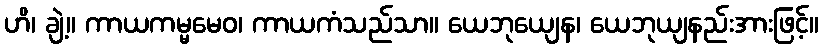
ဟိ၊ ချဲ့။ ကာယကမ္မမေဝ၊ ကာယကံသည်သာ။ ယေဘုယျေန၊ ယေဘုယျနည်းအားဖြင့်။